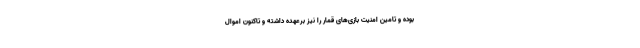
بوده و تامین امنیت بازی‌های قمار را نیز برعهده داشته و تاکنون اموال